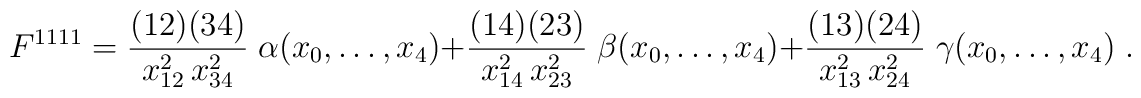
F^{1111} =  \frac{(12)(34)}{x^2_{12}\, x^2_{34}}\; \alpha(x_0,\ldots,x_4) +  \frac{(14)(23)}{x^2_{14}\, x^2_{23}}\; \beta(x_0,\ldots,x_4) +  \frac{(13)(24)}{x^2_{13}\, x^2_{24}}\; \gamma(x_0,\ldots,x_4) \;.